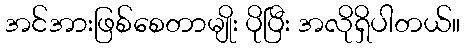
အင်အားဖြစ်စေတာမျိုး ပိုပြီး အလိုရှိပါတယ်။